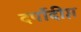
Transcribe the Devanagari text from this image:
दर्पोदीप्त